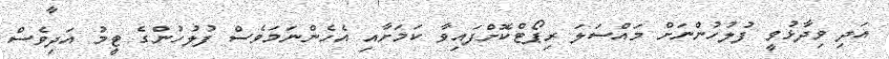
އަދި ވިދާޅުވީ ފުލުހުންނަށް މައްސަަލަ ރިޕޯޓްކޮށްފައިވާ ކަމަށާއި އެހެންނަމަވެސް ފުލުހުންގެ ޓީމު އަދިވެސް